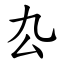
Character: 厹